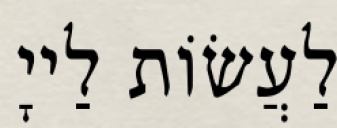
לַעֲשׂוֹת לַייָ